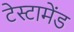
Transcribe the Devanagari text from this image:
टेस्टामेंड